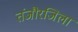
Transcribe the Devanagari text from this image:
तंजौरजिला